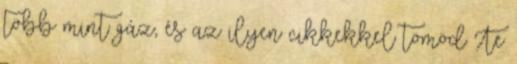
több mint gáz, és az ilyen cikkekkel tömöd Te